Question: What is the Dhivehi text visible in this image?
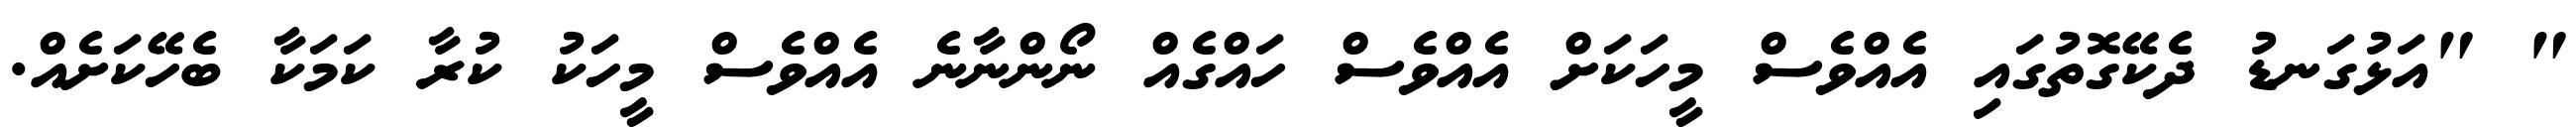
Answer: " "އަޅުގަނޑު ދެކޭގޮތުގައި އެއްވެސް މީހަކަށް އެއްވެސް ހައްގެއް ނޯންނާނެ އެއްވެސް މީހަކު ކުރާ ކަމަކާ ބެހޭކަށެއް.